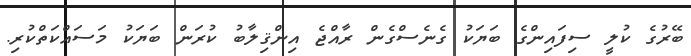
ބޭރުގެ ކުލީ ސިފައިންގެ ބަޔަކު ގެނެސްގެން ރާއްޖެ އިންޤިލާބު ކުރަން ބަޔަކު މަސައްކަތްކުރި.